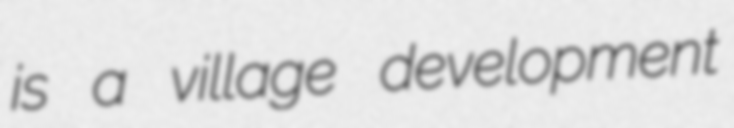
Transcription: is a village development